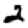
Digit: 2